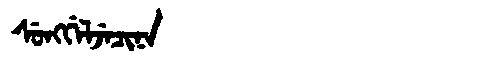
Manchu: ᠰᡠᠩᡤᡝᠯᠵᡝᠴᡳᠨᠠ
Romanization: SUNGGELJECINA